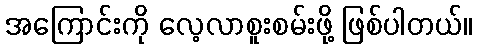
အကြောင်းကို လေ့လာစူးစမ်းဖို့ ဖြစ်ပါတယ်။